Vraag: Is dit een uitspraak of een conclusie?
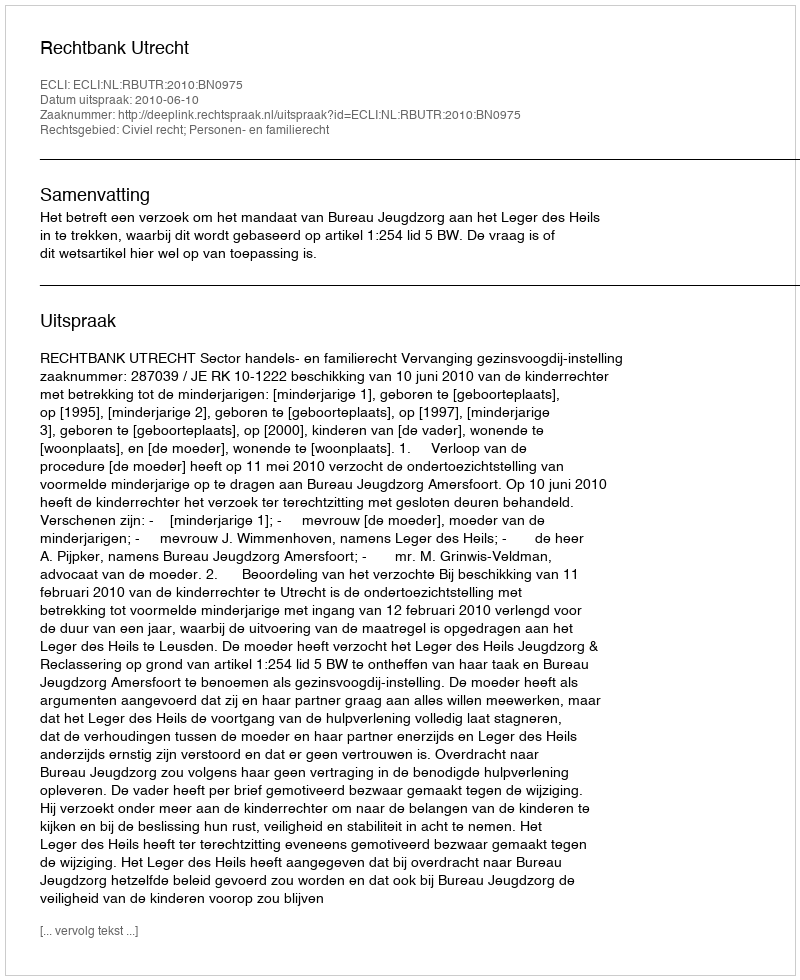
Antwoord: Uitspraak